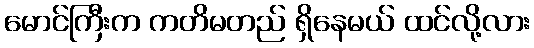
မောင်ကြီးက ကတိမတည် ရှိနေမယ် ထင်လို့လား